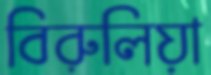
বিরুলিয়া